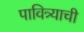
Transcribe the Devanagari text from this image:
पावित्र्याची